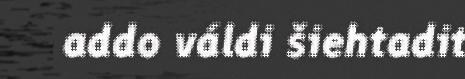
addo váldi šiehtadit